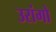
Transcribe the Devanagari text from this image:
उरांगो